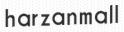
harzanmall